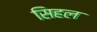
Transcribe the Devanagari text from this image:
सिहल